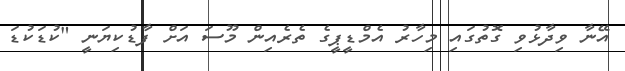
އޭނާ ވިދާޅުވި ގޮތުގައި މިހާރު އެމްޑީޕީގެ ތެރެއިން މޫސަ އަށް ފާޑުކިޔަނީ "ކުޑަކުޑަ